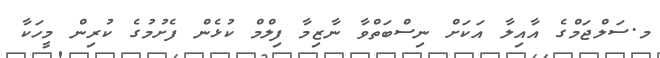
މ.ސަލްޖަމްގެ އާއިލާ އަކަށް ނިސްބަތްވާ ނާޒިމާ ފިލްމް ކުޅެން ފެށުމުގެ ކުރިން މީހަކާ